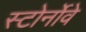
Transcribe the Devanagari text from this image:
स्टोर्नोवे